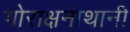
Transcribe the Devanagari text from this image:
गोराक्षनाथानी